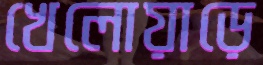
খেলোয়াড়ে